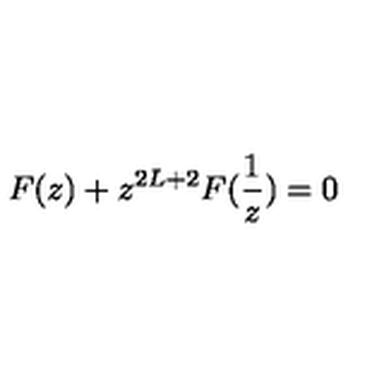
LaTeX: F ( z ) + z ^ { 2 L + 2 } F ( \frac { 1 } { z } ) = 0